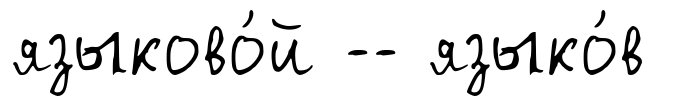
языково́й -- языко́в